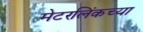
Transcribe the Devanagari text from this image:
मेटरलिंकच्या